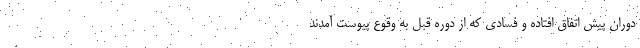
دوران پیش اتفاق افتاده و فسادی که از دوره قبل به وقوع پیوست آمدند